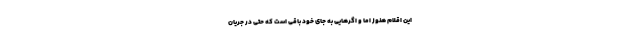
این اقلام هنوز اما و اگرهایی به جای خود باقی است که حتی در جریان